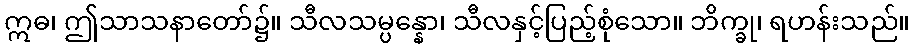
ဣဓ၊ ဤသာသနာတော်၌။ သီလသမ္ပန္နော၊ သီလနှင့်ပြည့်စုံသော။ ဘိက္ခု၊ ရဟန်းသည်။